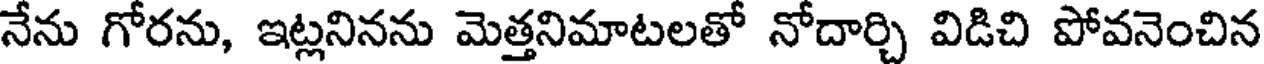
నేను గోరను, ఇట్లనినను మెత్తనిమాటలతో నోదార్చి విడిచి పోవనెంచిన